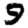
Digit: 9